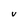
Character: V